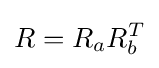
R=R_{a}R_{b}^{T}